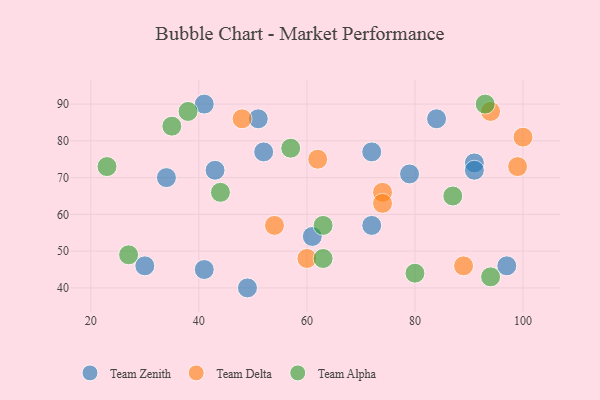
{"axis": {"x": "GDP", "y": "Life Expectancy"}, "legend": ["Team Alpha", "Team Delta", "Team Zenith"], "data": [{"x": "51", "y": 86, "type": "Team Zenith"}, {"x": "30", "y": 46, "type": "Team Zenith"}, {"x": "72", "y": 77, "type": "Team Zenith"}, {"x": "97", "y": 46, "type": "Team Zenith"}, {"x": "43", "y": 72, "type": "Team Zenith"}, {"x": "91", "y": 74, "type": "Team Zenith"}, {"x": "52", "y": 77, "type": "Team Zenith"}, {"x": "79", "y": 71, "type": "Team Zenith"}, {"x": "34", "y": 70, "type": "Team Zenith"}, {"x": "72", "y": 57, "type": "Team Zenith"}, {"x": "91", "y": 72, "type": "Team Zenith"}, {"x": "41", "y": 90, "type": "Team Zenith"}, {"x": "41", "y": 45, "type": "Team Zenith"}, {"x": "49", "y": 40, "type": "Team Zenith"}, {"x": "84", "y": 86, "type": "Team Zenith"}, {"x": "61", "y": 54, "type": "Team Zenith"}, {"x": "89", "y": 46, "type": "Team Delta"}, {"x": "74", "y": 66, "type": "Team Delta"}, {"x": "99", "y": 73, "type": "Team Delta"}, {"x": "48", "y": 86, "type": "Team Delta"}, {"x": "54", "y": 57, "type": "Team Delta"}, {"x": "100", "y": 81, "type": "Team Delta"}, {"x": "94", "y": 88, "type": "Team Delta"}, {"x": "74", "y": 63, "type": "Team Delta"}, {"x": "60", "y": 48, "type": "Team Delta"}, {"x": "62", "y": 75, "type": "Team Delta"}, {"x": "35", "y": 84, "type": "Team Alpha"}, {"x": "87", "y": 65, "type": "Team Alpha"}, {"x": "44", "y": 66, "type": "Team Alpha"}, {"x": "93", "y": 90, "type": "Team Alpha"}, {"x": "23", "y": 73, "type": "Team Alpha"}, {"x": "27", "y": 49, "type": "Team Alpha"}, {"x": "63", "y": 57, "type": "Team Alpha"}, {"x": "38", "y": 88, "type": "Team Alpha"}, {"x": "63", "y": 48, "type": "Team Alpha"}, {"x": "80", "y": 44, "type": "Team Alpha"}, {"x": "57", "y": 78, "type": "Team Alpha"}, {"x": "94", "y": 43, "type": "Team Alpha"}]}